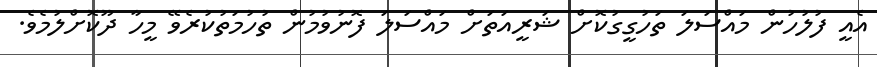
އެއީ ފުލުހުން މައްސަލަ ތަހުގީގުކޮށް ޝަރީއަތަށް މައްސަލަ ފޮނުވުމުން ތުހުމަތުކުރެވޭ މީހާ ދޫކޮށްލުމެވެ.